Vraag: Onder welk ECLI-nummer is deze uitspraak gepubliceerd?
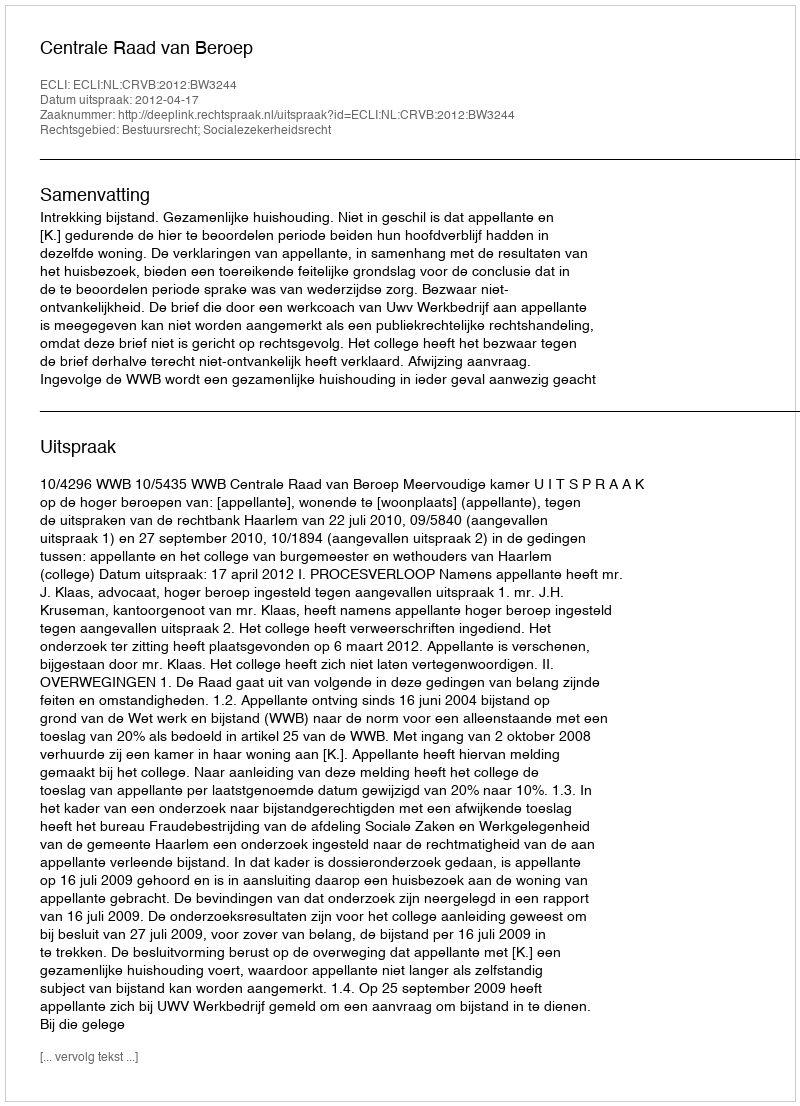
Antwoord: ECLI:NL:CRVB:2012:BW3244